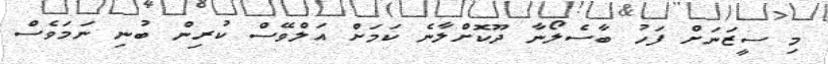
މި ސީޒަނަށް ފަހު ބާސެލޯނާ ދޫކޮށްލާނެ ކަމަށް އަލްވޭސް ކުރިން ބުނި ނަމަވެސް